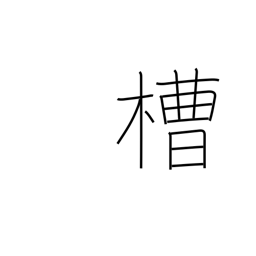
Meaning: vat